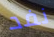
نفد